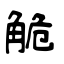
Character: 觤